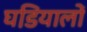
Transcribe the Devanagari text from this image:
घडि़यालों